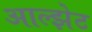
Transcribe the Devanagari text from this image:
आल्झेट